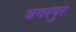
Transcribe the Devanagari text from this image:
बगरपुर